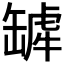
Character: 𬙓